Vabadussoja_Ajaloo_Komitee, lk 56
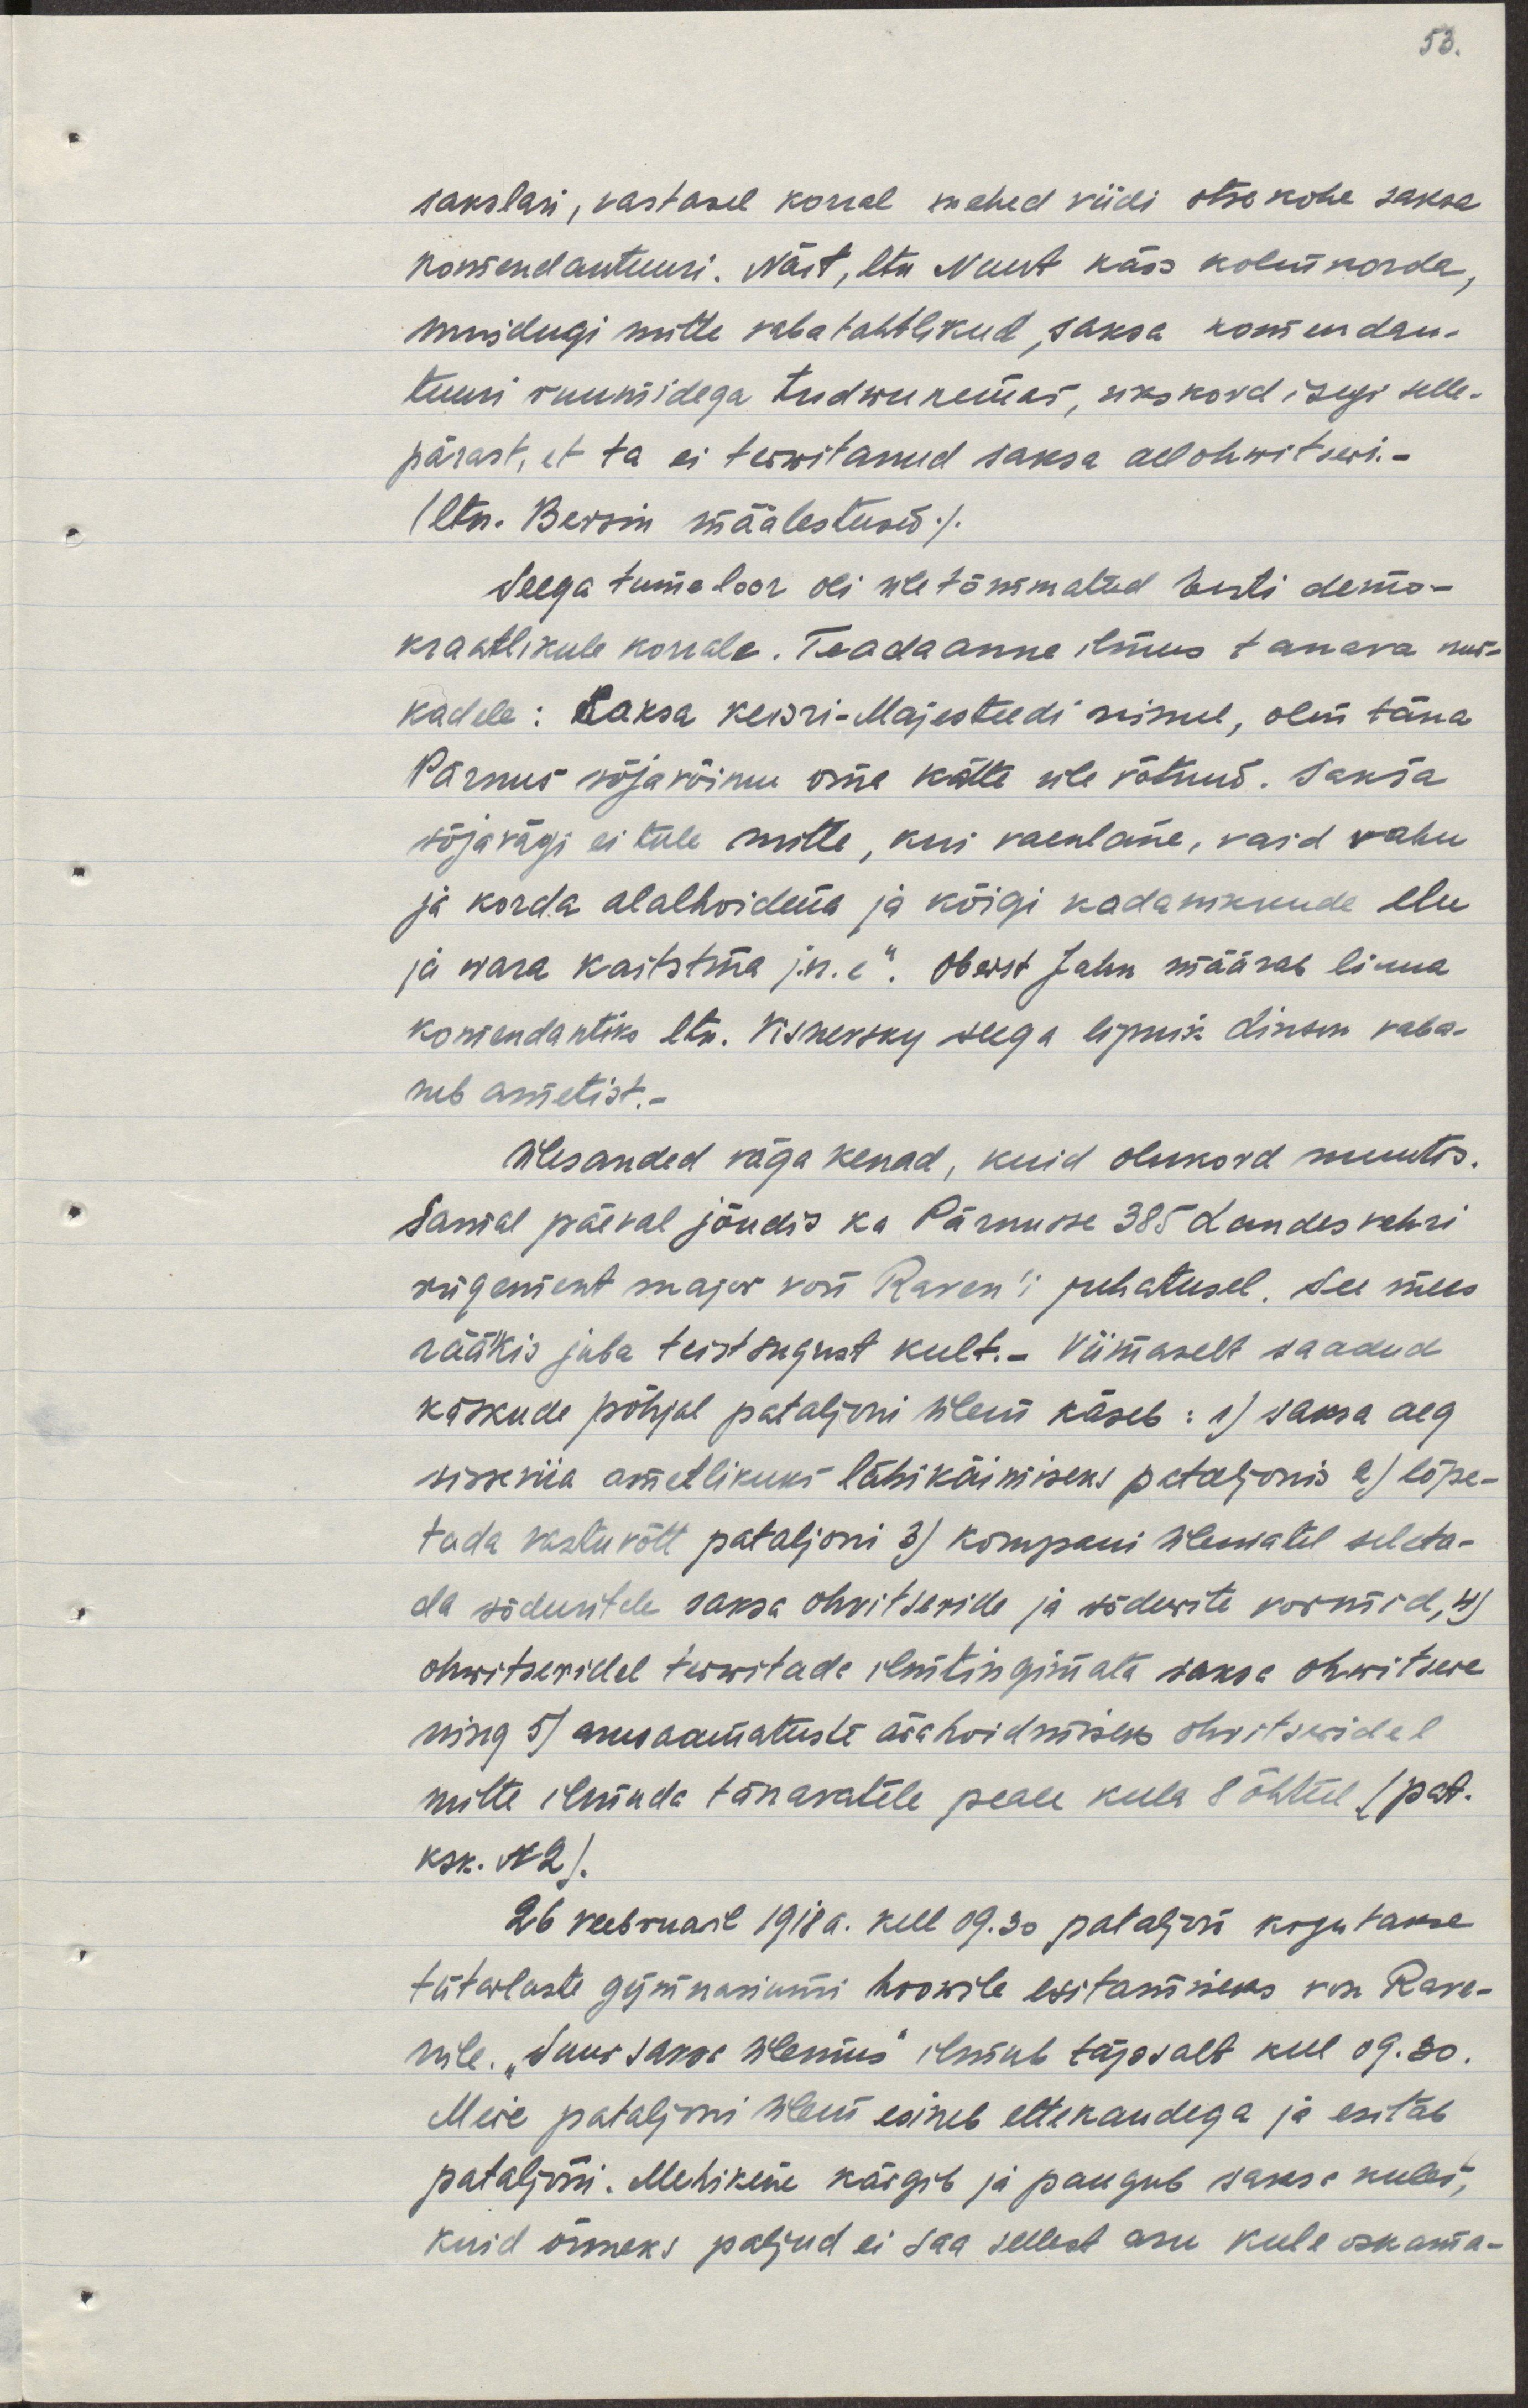
sakslasi, vastasel korral mehed viidi otsekohe saksa 
komandantuuri. Näit, ltn Nuut käis kolm korda,
muidugi mitte vabatahtlikult, saksa komandan-
tuuri ruumidega tudwunemas, ükskord isegi selle-
pärast, et ta ei terwitanud saksa allohwitseri.-
(ltn. Berzin määlestused/.
Seega tume loor oli ületõmmatud Eesti demo-
kraatlikule korrale. Teadaanne ilmus tanava nur-
kadele: Saksa keisri-majesteedi nimel, olen täna
Pärnus sõjavõimu oma kätte üle võtnud. Saksa
sõjavägi ei tule mitte, kui vaenlane, vaid rahu
ja korda alalhoidma ja kõigi kodanikkude elu 
ja wara kaitstma j.n.e." Oberst Jahn määrab linna 
komandantiks ltn. Visnevsky seega lipnik Linson vaba-
neb ametist.-
Ülesanded väga kenad, kuid olukord muutus.
Samal päeva jõudis ka Pärnusse 385 Landesvehri
rügement major von Rosen'i juhatusel. See mees
rääkis juba teistsugust keelt.- Viimaselt saadud
käskude põhjal pataljoni ülem käseb: 1) sama aeg
sisse viia ametlikuks läbikäimiseks pataljonis 2) lõpe-
tada vastuvõtt pataljoni 3) kompani ülematelt seleta-
da sõduritele saksa ohvitseride ja sõdurite vormid, 4)
ohwitseridel terwitada ilmtingimata saksa ohwitsere
ning 5) arusaamatuste ärahoidmiseks ohvitseridel
mitte ilmuda tänavatele peale kella 8 õhtul /pat.
ksk. N 2).
26. veebruaril 1918 a. kell 09.30 pataljoni kogutakse
tütarlaste gümnaasiumi hoowile esitamiseks von Rose-
nile. "Suur saksa ülemus" ilmub täpsalt kell 09.30.
Meie pataljoni ülem esineb ettekandega ja esitab
pataljoni. Mehikene käsgib ja paugub saksa keeles, 
kuid õnneks paljud ei saa sellest aru keele oskama-